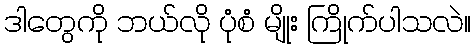
ဒါတွေကို ဘယ်လို ပုံစံ မျိုး ကြိုက်ပါသလဲ။